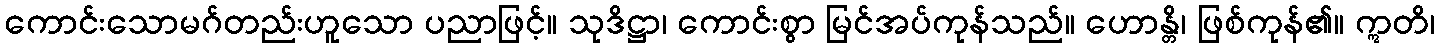
ကောင်းသောမဂ်တည်းဟူသော ပညာဖြင့်။ သုဒိဋ္ဌာ၊ ကောင်းစွာ မြင်အပ်ကုန်သည်။ ဟောန္တိ၊ ဖြစ်ကုန်၏။ ဣတိ၊